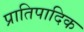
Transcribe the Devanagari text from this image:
प्रातिपादिक